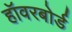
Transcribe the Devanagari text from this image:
हॉवरबोर्ड